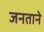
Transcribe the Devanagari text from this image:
जनताने